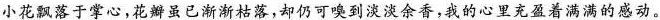
小花飘落于掌心，花瓣虽已渐渐枯落，却仍可嗅到淡淡余香，我的心里充盈着满满的感动